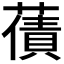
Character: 𮑫